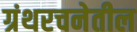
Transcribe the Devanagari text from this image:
ग्रंथरचनेतील